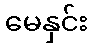
မေနှင်း